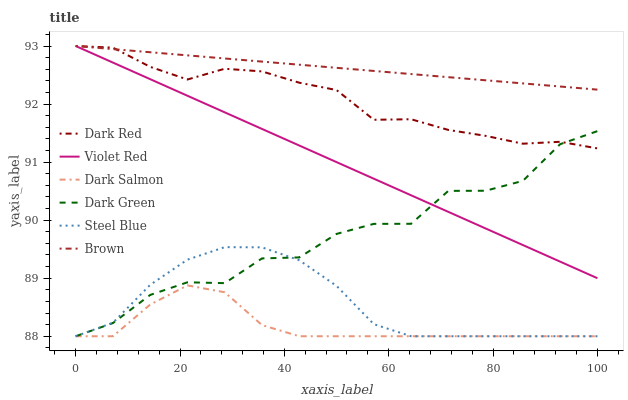
| xaxis_label | Dark Red | Violet Red | Dark Salmon | Dark Green | Steel Blue | Brown |
 | --- | --- | --- | --- | --- | --- | --- |
 | 0 | 93 | 93 | 88 | 88 | 88 | 93 |
 | 7.14 | 93 | 92.7 | 88 | 88.2 | 88.2 | 92.9 |
 | 14.3 | 92.6 | 92.4 | 88.5 | 88.7 | 88.9 | 92.9 |
 | 21.4 | 92.4 | 92.1 | 88.9 | 88.9 | 89.3 | 92.8 |
 | 28.6 | 92.6 | 91.9 | 88.8 | 88.9 | 89.5 | 92.8 |
 | 35.7 | 92.6 | 91.6 | 88.2 | 89.3 | 89.5 | 92.7 |
 | 42.9 | 92.4 | 91.3 | 88 | 89.4 | 89.3 | 92.7 |
 | 50 | 92.2 | 91 | 88 | 89.8 | 88.9 | 92.6 |
 | 57.1 | 91.7 | 90.7 | 88 | 89.9 | 88.2 | 92.6 |
 | 64.3 | 91.7 | 90.4 | 88 | 89.9 | 88 | 92.5 |
 | 71.4 | 91.6 | 90.1 | 88 | 90.5 | 88 | 92.5 |
 | 78.6 | 91.5 | 89.9 | 88 | 90.5 | 88 | 92.4 |
 | 85.7 | 91.3 | 89.6 | 88 | 90.7 | 88 | 92.4 |
 | 92.9 | 91.4 | 89.3 | 88 | 91.3 | 88 | 92.3 |
 | 100 | 91.2 | 89 | 88 | 91.5 | 88 | 92.2 |